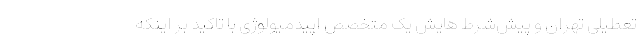
تعطیلی تهران و پیش‌شرط ‌هایش یک متخصص اپیدمیولوژی با تاکید بر اینکه